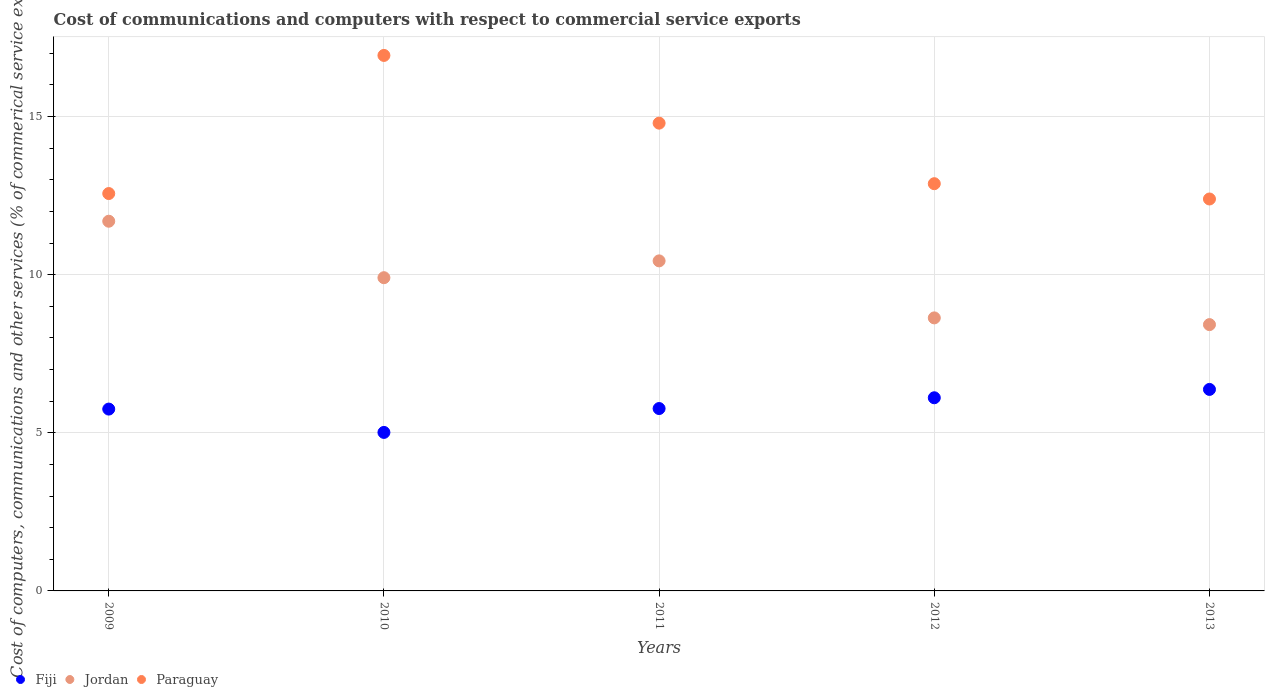
| Years | Fiji | Jordan | Paraguay |
 | --- | --- | --- | --- |
 | 2009 | 5.75 | 11.7 | 12.6 |
 | 2010 | 5.01 | 9.9 | 16.9 |
 | 2011 | 5.77 | 10.4 | 14.8 |
 | 2012 | 6.11 | 8.63 | 12.9 |
 | 2013 | 6.37 | 8.42 | 12.4 |